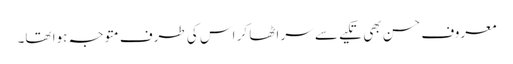
معروف حسن بھی تکیے سے سر اٹھا کر اس کی طرف متوجہ ہوا تھا۔